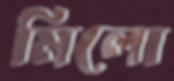
মিলো